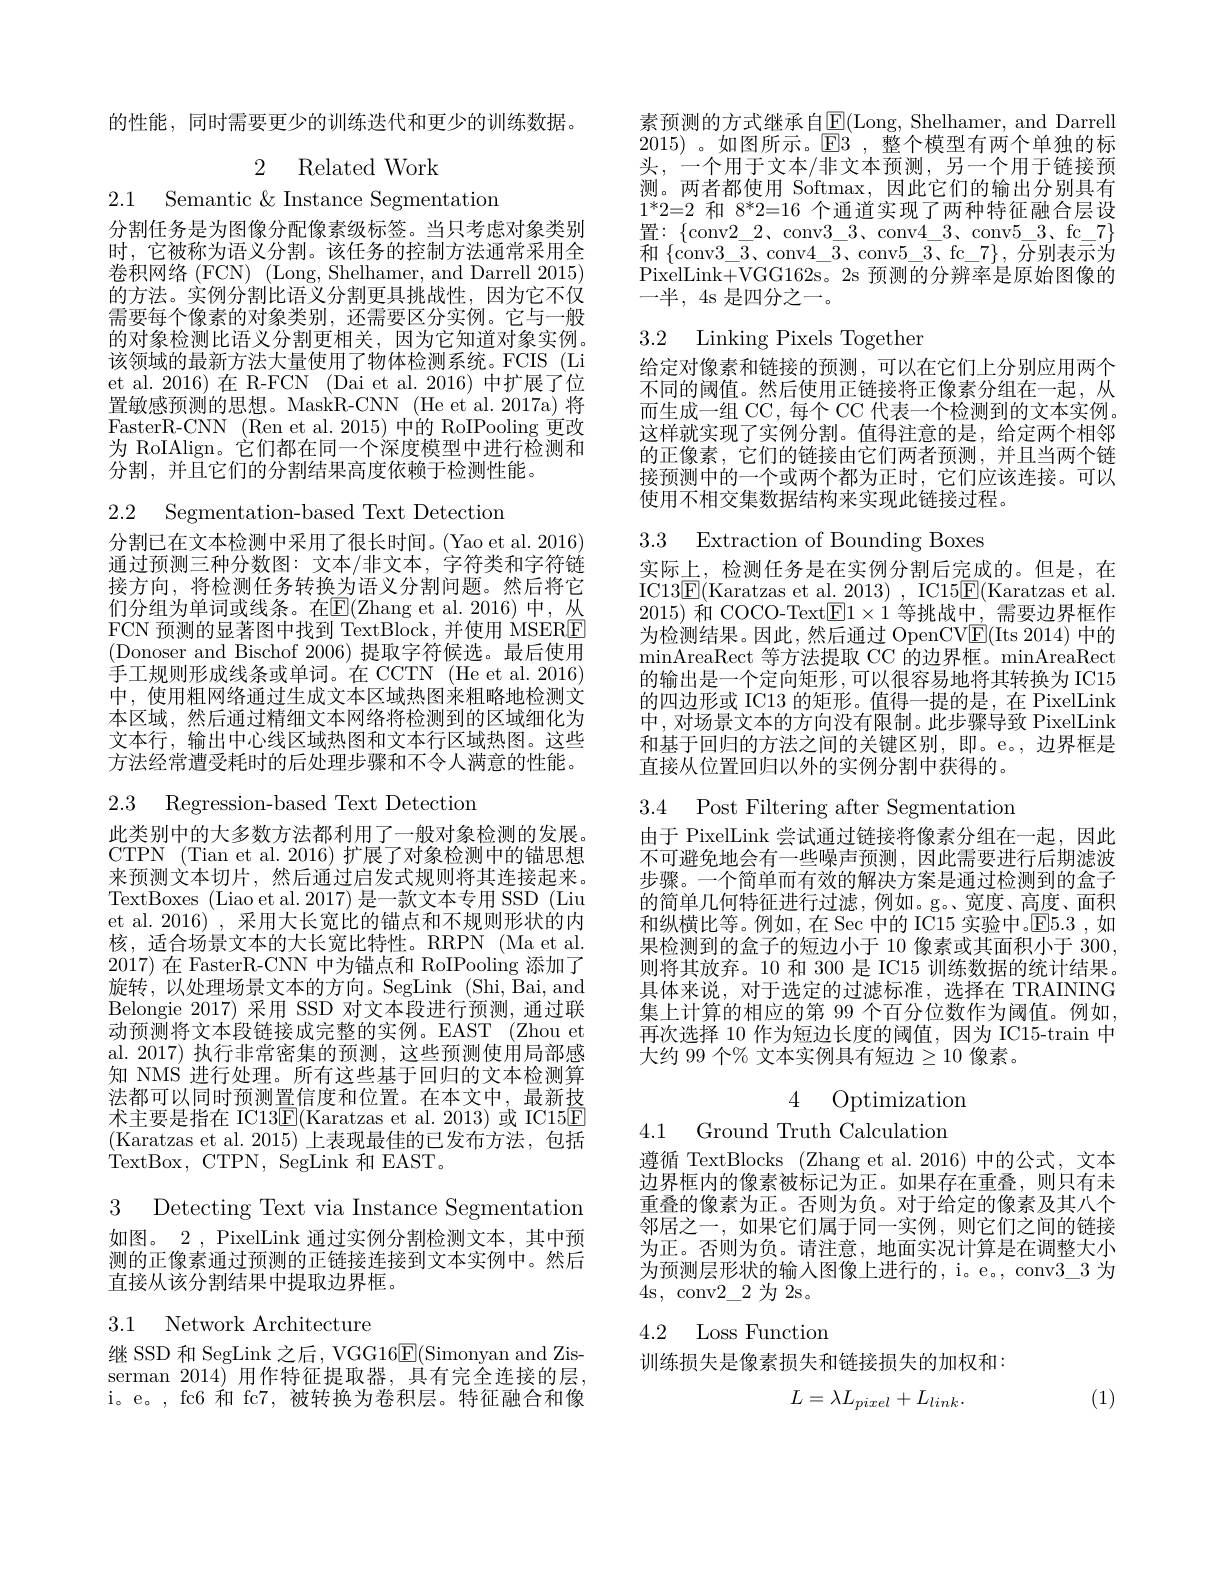
的性能，同时需要更少的训练迭代和更少的训练数据。

2 Related Work
2.1 Semantic &Instance Segmentation

分割任务是为图像分配像素级标签。当只考虑对象类别时，它被称为语义分割。该任务的控制方法通常采用全卷积网络 (FCN) (Long, Shelhamer, and Darrell 2015) 的方法。实例分割比语义分割更具挑战性，因为它不仅需要每个像素的对象类别，还需要区分实例。它与一般的对象检测比语义分割更相关，因为它知道对象实例。该领域的最新方法大量使用了物体检测系统。FCIS (Li et al. 2016) 在 R-FCN (Dai et al. 2016) 中扩展了位置敏感预测的思想。MaskR-CNN (He et al. 2017a) 将FasterR-CNN (Ren et al. 2015) 中的 RoIPooling 更改为 RoIAlign。它们都在同一个深度模型中进行检测和分割，并且它们的分割结果高度依赖于检测性能。

2.2 Segmentation-based Text Detectio

分割已在文本检测中采用了很长时间。(Yao et al. 2016) 通过预测三种分数图：文本/非文本，字符类和字符链接方向，将检测任务转换为语义分割问题。然后将它们分组为单词或线条。在$\overline{\mathbb{E}}($Zhang et al.2016)中，丛FCN 预测的显著图中找到 TextBlock,并使用 MSERE (Donoser and Bischof 2006) 提取字符候选。最后使用手工规则形成线条或单词。在 CCTN (He et al. 2016) 中，使用粗网络通过生成文本区域热图来粗略地检测文本区域，然后通过精细文本网络将检测到的区域细化为文本行，输出中心线区域热图和文本行区域热图。这些方法经常遭受耗时的后处理步骤和不令人满意的性能。

2.3 Regression-based Text Detection

此类别中的大多数方法都利用了一般对象检测的发展。CTPN (Tian et al. 2016) 扩展了对象检测中的锚思想来预测文本切片，然后通过启发式规则将其连接起来。TextBoxes (Liao et al. 2017) 是一款文本专用 S et al. 2016) , 采用大长宽比的锚点和不规则形状的内核，适合场景文本的大长宽比特性。RRPN (Ma et al. 2017)在 FasterR-CNN 中为锚点和 RoIPooling 添加了旋转，以处理场景文本的方向。SegLink (Shi,Bai,and Belongie 2017)采用 SSD 对文本段进行预测，通过联动预测将文本段链接成完整的实例。EAST (Zhou et al. 2017) 执行非常密集的预测，这些预测使用局部感知 NMS 进行处理。所有这些基于回归的文本检测算法都可以同时预测置信度和位置。在本文中，最新技术主要是指在 IC13$\underline{\mathrm{E}}($Karatzas et al.2013)或 IC15E (Karatzas et al. 2015) 上表现最佳的已发布方法，包括TextBox,CTPN,SegLink 和EAST。

3 Detecting Text via Instance Segmen 如图。2 , PixelLink 通过实例分割检测文本，其中预测的正像素通过预测的正链接连接到文本实例中。然后直接从该分割结果中提取边界框。

3.1 Network Architecture

继 SSD 和 SegLink 之后，VGG16$\underline{\mathrm{E}}($Simo serman 2014)用作特征提取器，具有完全连接的层， i。e。, fc6 和 fc7, 被转换为卷积层。特征融合和像

素预测的方式继承自$\underline{\mathrm{E}}($Long, Shelhamer, and Darrell 2015) 。如图所示。$\mathbb{E}3$ ,整个模型有两个单独的标头，一个用于文本/非文本预测，另一个用于链接预测。两者都使用 Softmax,因此它们的输出分别具有$1^*2=2$和$8^*2=16$个通道实现了两种特征融合层设置：\{conv2_2、conv3_3、conv4_3、conv5_3、fc $\mathop{\text{和}\{\mathrm{conv3\_\overline{3}、conv4\_\overline{3}、conv5\_\overline{3}、fc\_7}\},\:\overline{\text{分别表示为}}}$ PixelLink+VGG162s。2s 预测的分辨率是原始图像的一半，4s 是四分之一。

# 3.2 Linking Pixels Together

给定对像素和链接的预测，可以在它们上分别应用两个不同的阈值。然后使用正链接将正像素分组在一起，从而生成一组 CC, 每个 CC 代表一个检测到的文本实例。这样就实现了实例分割。值得注意的是，给定两个相邻的正像素，它们的链接由它们两者预测，并且当两个链接预测中的一个或两个都为正时，它们应该连接。可以使用不相交集数据结构来实现此链接过程。

3.3 Extraction of Bounding Boxes

实际上，检测任务是在实例分割后完成的。但是，在IC13$\underline{\mathrm{E}}($Karatzas et al.$\underline {2}013)$ , IC15$\underline{\mathrm{F}}($Karatzas et al. 2015)和 COCO-Text$\boxed{\mathrm{F}}1\times1$等挑战中，需要边界框作为检测结果。因此，然后通过 OpenCV$\underline{\mathrm{E}}($Its 2014) 中的$\operatorname*{minAreaRect}$等方法提取 CC 的边界框。minAreaRect 的输出是一个定向矩形，可以很容易地将其转换为 IC15的四边形或 IC13 的矩形。值得一提的是，在 PixelLink 中，对场景文本的方向没有限制。此步骤导致 PixelLink 和基于回归的方法之间的关键区别，即。e。,边界框是直接从位置回归以外的实例分割中获得的。

3.4 Post Filtering after Segmentation

由于 PixelLink 尝试通过链接将像素分组在一起，因此不可避免地会有一些噪声预测，因此需要进行后期滤波步骤。一个简单而有效的解决方案是通过检测到的盒子的简单几何特征进行过滤，例如。g。宽度、高度、面积和纵横比等。例如，在 Sec 中的 IC15 实验中。$\overline{\mathrm{E}}5.3$ ,如果检测到的盒子的短边小于 10 像素或其面积小于 300, 则将其放弃。10 和 300 是 IC15 训练数据的统计结果。具体来说，对于选定的过滤标准，选择在 TRAINING 集上计算的相应的第 99 个百分位数作为阈值。例如， 再次选择 10 作为短边长度的阈值，因为 IC15-train 中大约 99 个% 文本实例具有短边$\geq10$ 像素。

4 Optimization

4.1 Ground Truth Calculation

遵循 TextBlocks (Zhang et al.2016)中的公式，文本边界框内的像素被标记为正。如果存在重叠，则只有末重叠的像素为正。否则为负。对于给定的像素及其八个邻居之一，如果它们属于同一实例，则它们之间的链接为正。否则为负。请注意，地面实况计算是在调整大小为预测层形状的输入图像上进行的，i。e。, conv3\_3 为4s,conv$2\_2$为2s。

4.2 Loss Function

训练损失是像素损失和链接损失的加权和：

(1)
$$L=\lambda L_{pixel}+L_{link}.$$